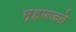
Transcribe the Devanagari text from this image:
म्हणजते